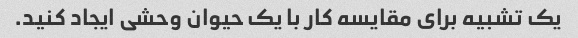
یک تشبیه برای مقایسه کار با یک حیوان وحشی ایجاد کنید.